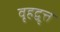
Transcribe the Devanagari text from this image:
वृहद्वृत्त